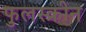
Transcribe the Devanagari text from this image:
फुलस्क्रीन